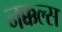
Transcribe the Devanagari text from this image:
नक्कल्स